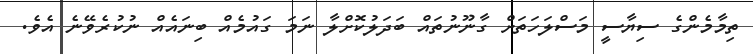
ތިމާމެންގެ ސިޔާސީ މަސްލަހަތަށް ގާނޫނުތައް ބަދަލުކޮށްލާ ނަމަ ގައުމެއް ބިނައެއް ނުކުރެވޭނެ އެވެ.